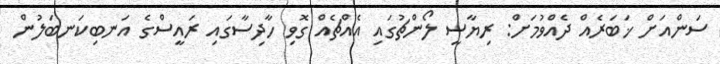
ސަންއަށް ޚަބަރެއް ދެއްވުމަށް: ރިޔާސީ ލޯންޗުގައި އެއްޗެއް ގޮވި ހާދިސާގައި ރައީސްގެ އަނބިކަނބަލުން